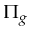
\Pi _ { g }